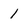
Character: 1